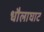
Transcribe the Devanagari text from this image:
धौलाघाट